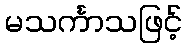
မသင်္ကာသဖြင့်